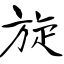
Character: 旋